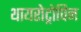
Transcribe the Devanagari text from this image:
थायरोट्रोपिन